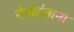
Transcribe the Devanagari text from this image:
नेनोदंताना